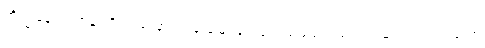
ဘိက္ခုနော၊ ရဟန်းကို။ ဒဿနာယ၊ ဖူးမြော်ခြင်းငှာ။ သမယာ၊ သင့်တင့်လျောက်ပတ်သော